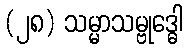
(၂၈) သမ္မာသမ္ဗုဒ္ဓေါ